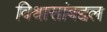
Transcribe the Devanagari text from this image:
विश्वासांबद्दल